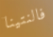
فالنتينا